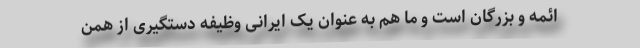
ائمه و بزرگان است و ما هم به عنوان یک ایرانی وظیفه دستگیری از همن